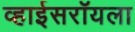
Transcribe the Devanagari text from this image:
व्हाईसरॉयला